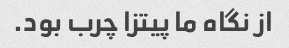
از نگاه ما پیتزا چرب بود.